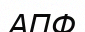
АПФ